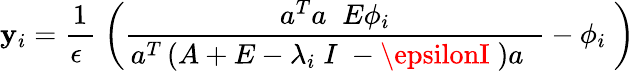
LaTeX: \mathbf{y}_{i}=\frac{{1}}{{\epsilon\; }}\; \left(\frac{{a^{T}a\; \; E\phi_{i}}}{{a^{T}\left(A+E-\lambda_{i\; }I\; -\epsilonI\; \right)a\; \; }}-\phi_{i\; }\right)